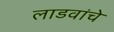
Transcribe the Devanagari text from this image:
लाडवांचे